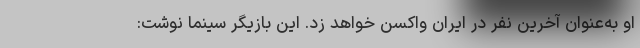
او به‌عنوان آخرین نفر در ایران واکسن خواهد زد. این بازیگر سینما نوشت: